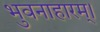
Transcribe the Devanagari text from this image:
भुवनाहारम्‌।